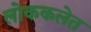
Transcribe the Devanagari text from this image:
लोककलेत